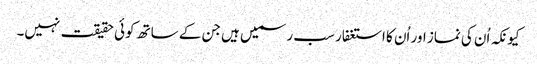
کیونکہ اُن کی نماز اور اُن کا استغفار سب رسمیں ہیں جن کے ساتھ کوئی حقیقت نہیں۔